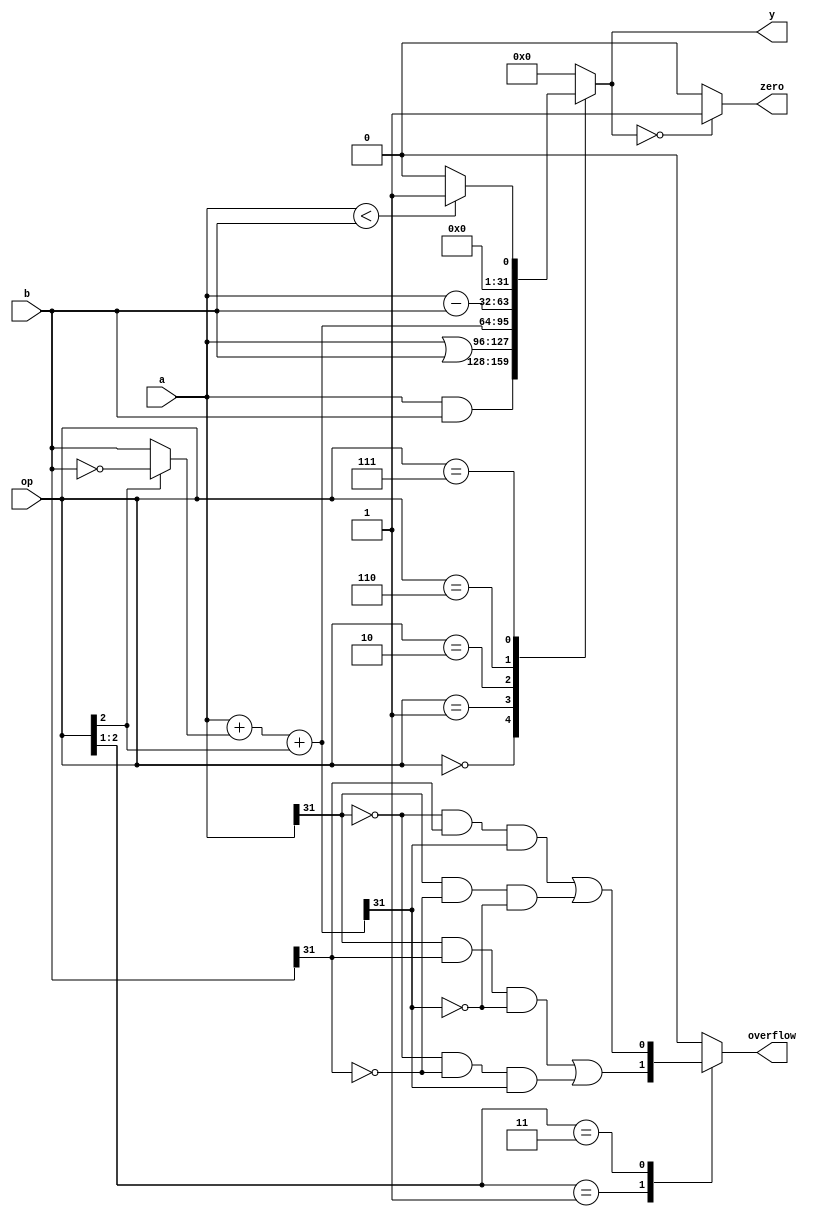
`timescale 1ns / 1ps

module ALU(
	input wire[31:0] a,b,
	input wire[2:0] op,
	output reg[31:0] y,
	output reg overflow,
	output wire zero
    );

	wire[31:0] s,bout;
	assign bout = op[2] ? ~b : b;
	assign s = a + bout + op[2];
	
	always @(*) begin
		case (op)
			3'b000: y <= a & b;
			3'b001: y <= a | b;
			3'b010: y <= s;
			3'b110: y <= a - b;
			3'b111: y <=  (a < b) ? 32'b1 : 32'b0;
			default : y <= 32'b0;
		endcase	
	end
	assign zero = (y == 32'b0) ? 1'b1 : 1'b0;

	always @(*) begin
		case (op[2:1])
			2'b01:overflow <= a[31] & b[31] & ~s[31] |
							~a[31] & ~b[31] & s[31];
			2'b11:overflow <= ~a[31] & b[31] & s[31] |
							a[31] & ~b[31] & ~s[31];
			default : overflow <= 1'b0;
		endcase	
	end

endmodule